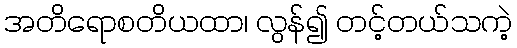
အတိရောစတိယထာ၊ လွန်၍ တင့်တယ်သကဲ့